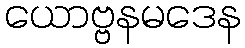
ယောဗ္ဗနမဒေန